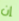
إن